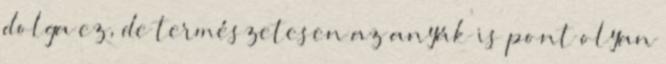
dolga ez, de természetesen az anyák is pont olyan